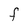
Character: F